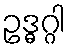
ဥဒ္ဓဂ္ဂါ